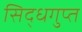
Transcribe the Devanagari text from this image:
सिद्धगुप्त